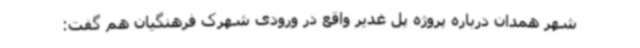
شهر همدان درباره پروژه پل غدیر واقع در ورودی شهرک فرهنگیان هم گفت: